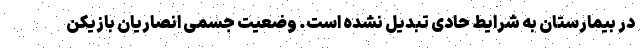
در بیمارستان به شرایط حادی تبدیل نشده است. وضعیت جسمی انصاریان بازیکن